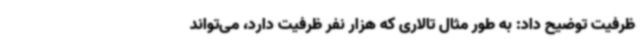
ظرفیت توضیح داد: به طور مثال تالاری که هزار نفر ظرفیت دارد، می‌تواند